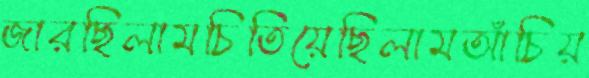
জারছিলামচিতিয়েছিলামআঁচিয়